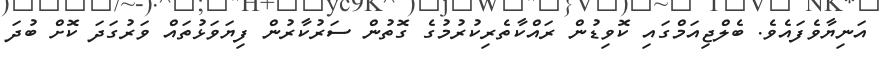
އަނިޔާވެފައެވެ. ބެލްޖިއަމްގައި ކޮވިޑުން ރައްކާތެރިކުރުމުގެ ގޮތުން ސަރުކާރުން ފިޔަވަޅުތައް ވަރުގަދަ ކޮށް ބުދަ